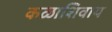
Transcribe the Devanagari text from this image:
कळाशिवाय